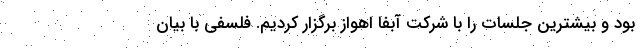
بود و بیشترین جلسات را با شرکت آبفا اهواز برگزار کردیم. فلسفی با بیان